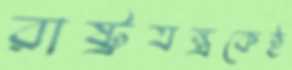
রাষ্ট্রযন্ত্রকেই